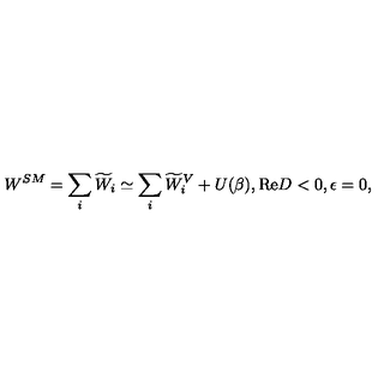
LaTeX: W ^ { S M } = \sum _ { i } \widetilde { W } _ { i } \simeq \sum _ { i } \widetilde { W } _ { i } ^ { V } + U ( \beta ) , \mathrm { R e } D < 0 , \epsilon = 0 ,